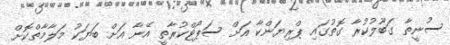
ސުނީތާ ގަބޫލުކުރާ ގޮތުގައި ޕްރިޔަންކާ އަށް ސަޕޯޓްކުރާތީ އޭނާ އަށް ބަޔަކު މަލާމާތްކޮށް